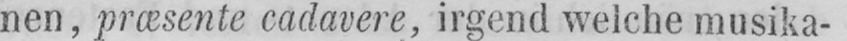
nen, præsente cadavere, irgend welche musika-